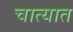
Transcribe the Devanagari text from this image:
चात्यात